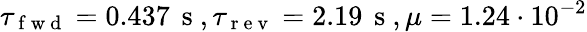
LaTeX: \tau_{\mathrm{~f~w~d~}}=0.437\, \mathrm{~s~},\tau_{\mathrm{~r~e~v~}}=2.19\, \mathrm{~s~},\mu=1.24\cdot 10^{-2}